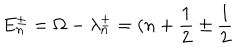
LaTeX: E _ { n } ^ { \pm } = \Omega - \lambda _ { n } ^ { \pm } = ( n + \frac { 1 } { 2 } \pm \frac { 1 } { 2 }